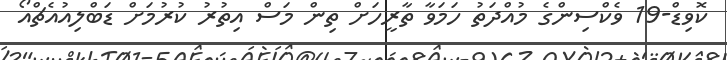
ކޮވިޑް-19 ވެކްސިންގެ މުއްދަތު ހަމަވާ ތާރީހަށް ތިން މަސް އިތުރު ކުރުމަށް ޑަބްލިއުއެޗްއޯ